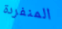
المنفردة